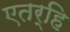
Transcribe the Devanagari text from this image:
एतर्हि